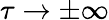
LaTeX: \tau\to\pm\infty